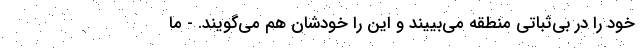
خود را در بی‌ثباتی منطقه می‌بییند و این را خودشان هم می‌گویند. - ما